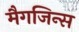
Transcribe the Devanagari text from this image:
मैगजिन्स